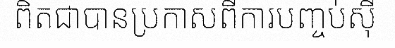
ពិតជាបានប្រកាសពីការបញ្ចប់ស៊ី